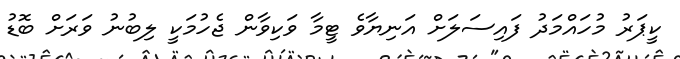
ކީޕަރު މުހައްމަދު ފައިސަލަށް އަނިޔާވެ ޓީމާ ވަކިވާން ޖެހުމަކީ ލިބުނު ވަރަށް ބޮޑު